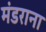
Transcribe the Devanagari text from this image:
मंडराना